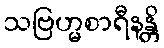
သဗြဟ္မစာရီနန္တိ